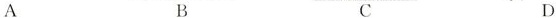
A B C D